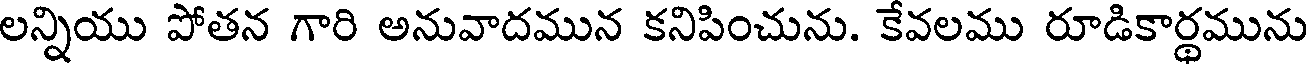
లన్నియు పోతన గారి అనువాదమున కనిపించును. కేవలము రూడికార్థమును